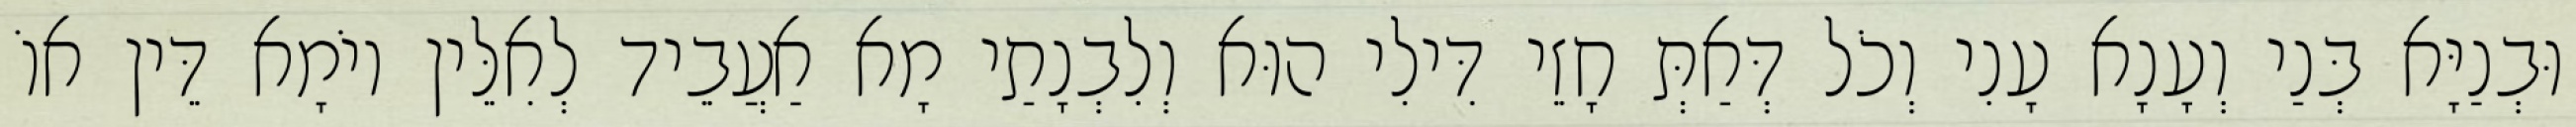
וּבְנַיָּא בְּנַי וְעָנָא עָנִי וְכֹל דְּאַתְּ חָזֵי דִּילִי הוּא וְלִבְנָתַי מָא אַעֲבֵיד לְאִלֵּין יוֹמָא דֵּין אוֹ